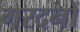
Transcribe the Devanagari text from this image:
गरदनों